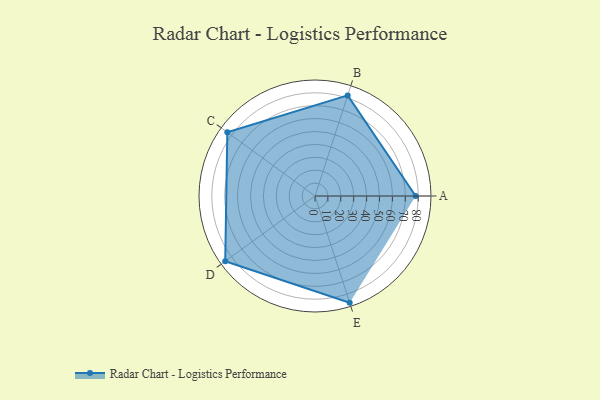
{"axis": {"x": "Skill", "y": "Score"}, "legend": ["Profile"], "data": [{"x": "A", "y": 78.0, "type": "Profile"}, {"x": "B", "y": 82.0, "type": "Profile"}, {"x": "C", "y": 84.0, "type": "Profile"}, {"x": "D", "y": 86.0, "type": "Profile"}, {"x": "E", "y": 87.0, "type": "Profile"}]}